Civil Veterinary Dept. North-West Frontier Province 1933-46 - 1933-1946
Year: 1933
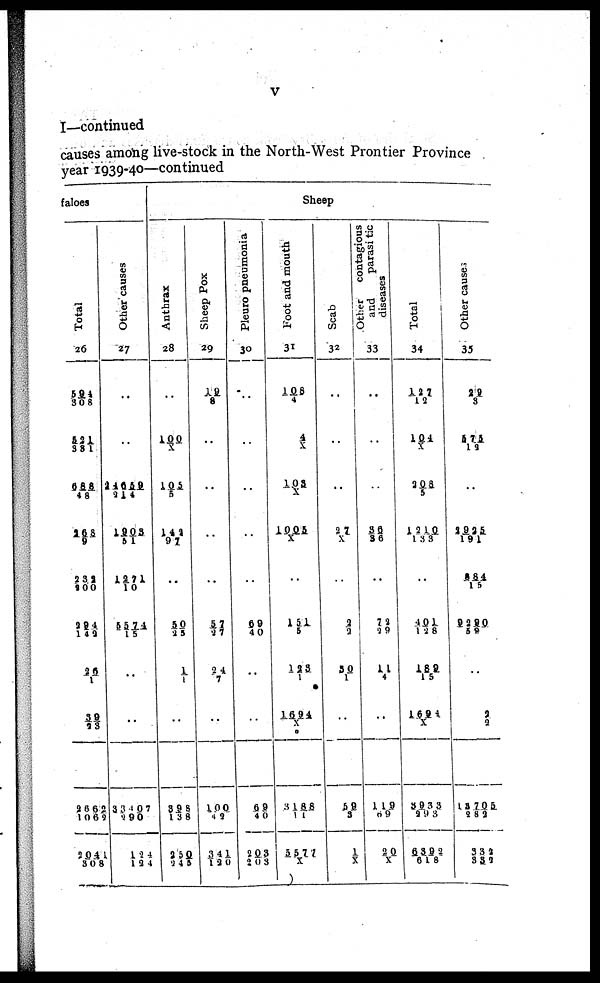
V
I—continued
causes among live-stock in the North-West Prontier Province
year 1939-40—continued
faloes
Total
26
594/308
821/381
686/48
168/9
232/800
294/142
26/1
39/23
2662/1062
2041/308
Other causes
..
..
14659/214
1903/51
1271/10
5574/15
..
..
33407/290
124/124
Sheep
Anthrax
28
..
100/X
105/5
142/ 97
..
50/25
1/1
..
398/138
250/245
Sheep Pox
29
19/8
..
..
..
..
57/27
24/7
..
100/42
341/120
Pleuro pneumonia
30
..
..
..
..
..
69/40
..
..
69/40
203/203
Foot and mouth
31
108/4
4/X
103/ X
1005/X
..
151/5
123/1
1694/X
3188/11
5577/X
Scab
32
..
..
..
27/X
..
2/2
30/1
..
59/3
1/X
Other
contagious
and
parasi tic
diseases
33
..
..
..
36/36
..
72/29
11/4
..
119/09
20/X
Total
34
127/12
104/X
308/ 5
1210/ 133
....
401/128
189/15
1694/ X
8933/293
6392/618
Other cause;
35
28/ 3
575/12
..
3925/191
884/15
9290/59
..
2/2
18705/982
332/337